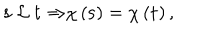
LaTeX: { \bf s \ } { \cal L \ } { \bf t \Rightarrow } \chi \left( { \bf s } \right) = \chi \left( { \bf t } \right) ,